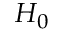
H _ { 0 }